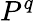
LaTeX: P^{q}